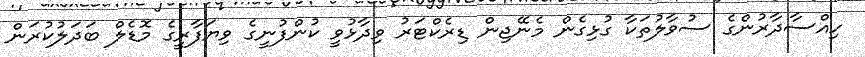
ހިއްސާދާރުންގެ ސުވާލުތަކާ ގުޅިގެން މެނޭޖިން ޑިރެކްޓަރު ވިދާޅުވީ ކުންފުނީގެ ވިޔަފާރީގެ މޮޑެލް ބަދަލުކުރަން